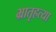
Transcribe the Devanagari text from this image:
भ्रातृहत्या